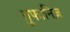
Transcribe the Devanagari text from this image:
तुफानिज़